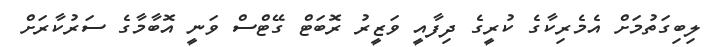
ލިބިގަތުމަށް އެމެރިކާގެ ކުރީގެ ދިފާއީ ވަޒީރު ރޮބަޓް ގޭޓްސް ވަނީ އޮބާމާގެ ސަރުކާރަށް